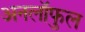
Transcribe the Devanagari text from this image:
अनलॉफुल